Civil Veterinary Dept. Bombay admin report 1923-31 - 1923-1931
Year: 1923
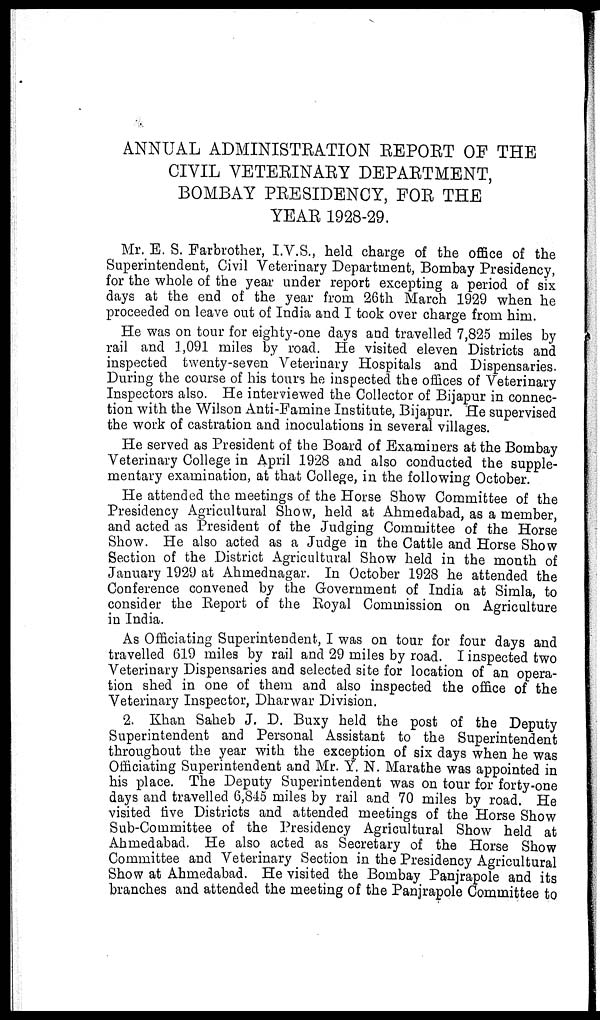
ANNUAL ADMINISTRATION REPORT OF THE
CIVIL VETERINARY DEPARTMENT,
BOMBAY PRESIDENCY, FOR THE
YEAR 1928-29.
Mr. E. S. Farbrother, I.V.S., held charge of the office of the
Superintendent, Civil Veterinary Department, Bombay Presidency,
for the whole of the year under report excepting a period of six
days at the end of the year from 26th March 1929 when he
proceeded on leave out of India and I took over charge from him.
He was on tour for eighty-one days and travelled 7,825 miles by
rail and 1,091 miles by road. He visited eleven Districts and
inspected twenty-seven Veterinary Hospitals and Dispensaries.
During the course of his tours he inspected the offices of Veterinary
Inspectors also. He interviewed the Collector of Bijapur in connec-
tion with the Wilson Anti-Famine Institute, Bijapur. He supervised
the work of castration and inoculations in several villages.
He served as President of the Board of Examiners at the Bombay
Veterinary College in April 1928 and also conducted the supple-
mentary examination, at that College, in the following October.
He attended the meetings of the Horse Show Committee of the
Presidency Agricultural Show, held at Ahmedabad, as a member,
and acted as President of the Judging Committee of the Horse
Show. He also acted as a Judge in the Cattle and Horse Show
Section of the District Agricultural Show held in the month of
January 1929 at Ahmednagar. In October 1928 he attended the
Conference convened by the Government of India at Simla, to
consider the Report of the Royal Commission on Agriculture
in India.
As Officiating Superintendent, I was on tour for four days and
travelled 619 miles by rail and 29 miles by road. I inspected two
Veterinary Dispensaries and selected site for location of an opera-
tion shed in one of them and also inspected the office of the
Veterinary Inspector, Dharwar Division.
2. Khan Saheb J. D. Buxy held the post of the Deputy
Superintendent and Personal Assistant to the Superintendent
throughout the year with the exception of six days when he was
Officiating Superintendent and Mr. Y. N. Marathe was appointed in
his place. The Deputy Superintendent was on tour for forty-one
days and travelled 6,845 miles by rail and 70 miles by road. He
visited five Districts and attended meetings of the Horse Show
Sub-Committee of the Presidency Agricultural Show held at
Ahmedabad. He also acted as Secretary of the Horse Show
Committee and Veterinary Section in the Presidency Agricultural
Show at Ahmedabad. He visited the Bombay Panjrapole and its
branches and attended the meeting of the Panjrapole Committee to